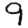
Digit: 9